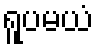
ရူပမယံ